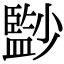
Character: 𡮻